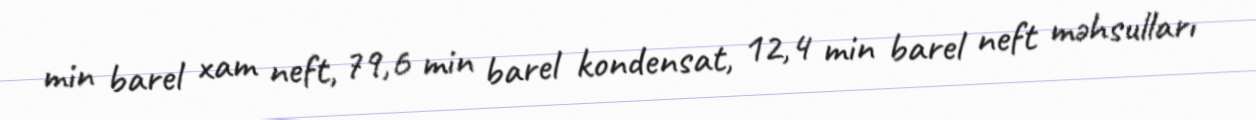
min barel xam neft, 79,6 min barel kondensat, 12,4 min barel neft məhsulları